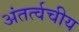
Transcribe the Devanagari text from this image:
अंतर्त्वचीय